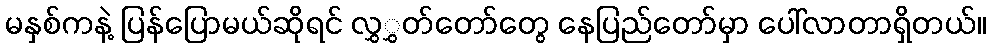
မနှစ်ကနဲ့ ပြန်ပြောမယ်ဆိုရင် လွှွှတ်တော်တွေ နေပြည်တော်မှာ ပေါ်လာတာရှိတယ်။